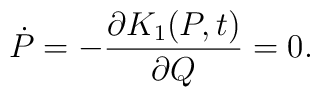
\dot{P}=-\frac{\partial K_{1}(P,t)}{\partial Q}=0.